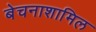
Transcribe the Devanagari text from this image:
बेचनाशामिल